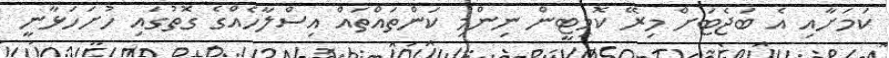
ކަމަށާއި އެ ބަޖެޓަށް މިރޭ ކޮމިޓީން ނިންމި ކަންތައްތައް އިސްލާހެއްގެ ގޮތުގައި ހުށަހަޅާނީ